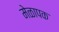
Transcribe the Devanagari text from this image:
मेळापक